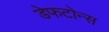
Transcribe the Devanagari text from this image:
डेफटोन्स